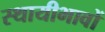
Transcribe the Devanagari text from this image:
स्थायीभावों